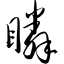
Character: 瞵